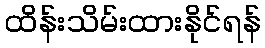
ထိန်းသိမ်းထားနိုင်ရန်